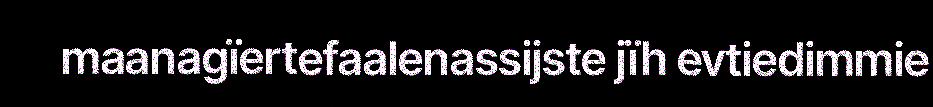
maanagïertefaalenassijste jïh evtiedimmie